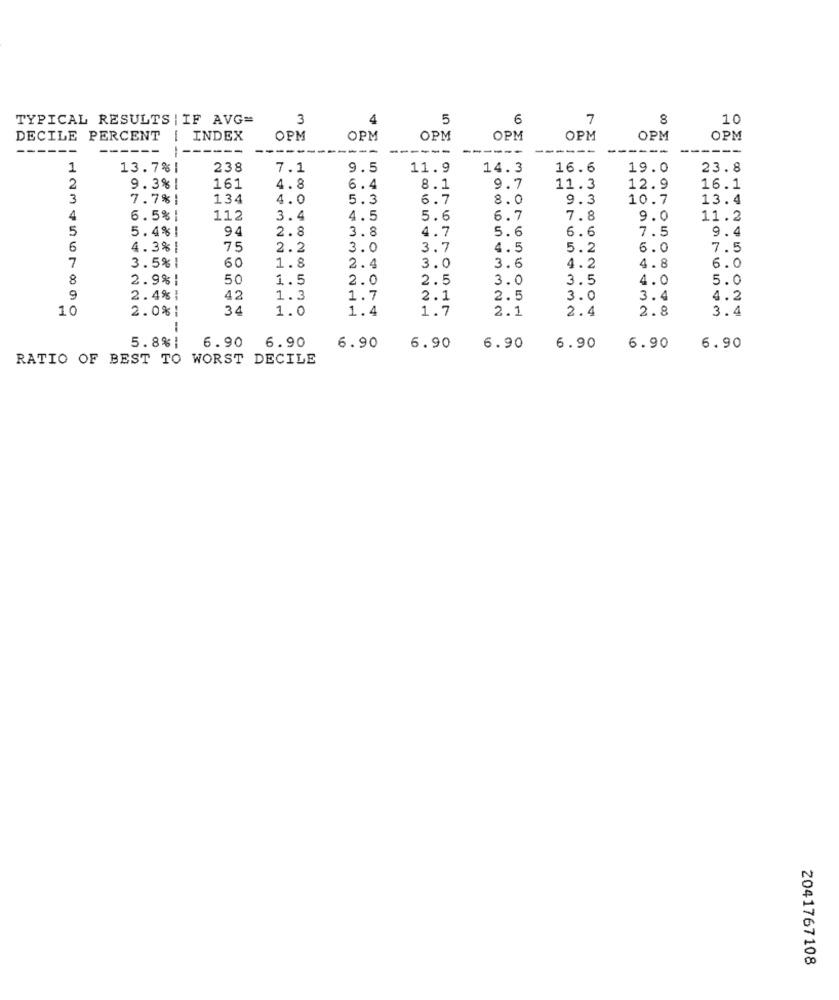
TYPICAL RESULTS | IF AVG=
3
4
5
6
7
8
10
DECILE PERCENT
-
INDEX
OPM
OPM
OPM
OPM
OPM
OPM
OPM
----
---
1
13.7%|
238
7.1
9.5
11.9
14.3
16.6
19.0
23.8
2
9.3% |
161
4.8
6.4
8.1
9.7
11.3
12.9
16.1
3
7.7% :
134
4.0
5.3
6.7
8.0
9.3
10.7
13.4
4
6.5% |
112
3.4
4.5
5.6
6.7
7.8
9.0
11.2
5
5.4% !
94
2.8
3.8
5.6
7.5
4.7
6.6
9.4
6
4.3% |
75
2.2
3.0
3.7
4.5
5.2
6.0
7.5
7
3.5%|
60
1.8
2.4
3.0
3.6
4.2
4.8
6.0
8
2.9% |
50
1.5
2.0
2.5
3.0
3.5
4.0
5.0
9
2.4% |
42
1.3
1.7
2.1
2.5
3.0
3.4
4.2
10
2.0%:
34
1.0
1.4
1.7
2.1
2.4
2.8
3.4
5.8%|
6.90
6.90
6.90
6.90
6.90
6.90
6.90
6.90
RATIO OF BEST TO WORST DECILE
2041767108